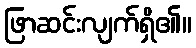
ဖြာဆင်းလျက်ရှိ၏။